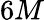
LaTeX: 6M